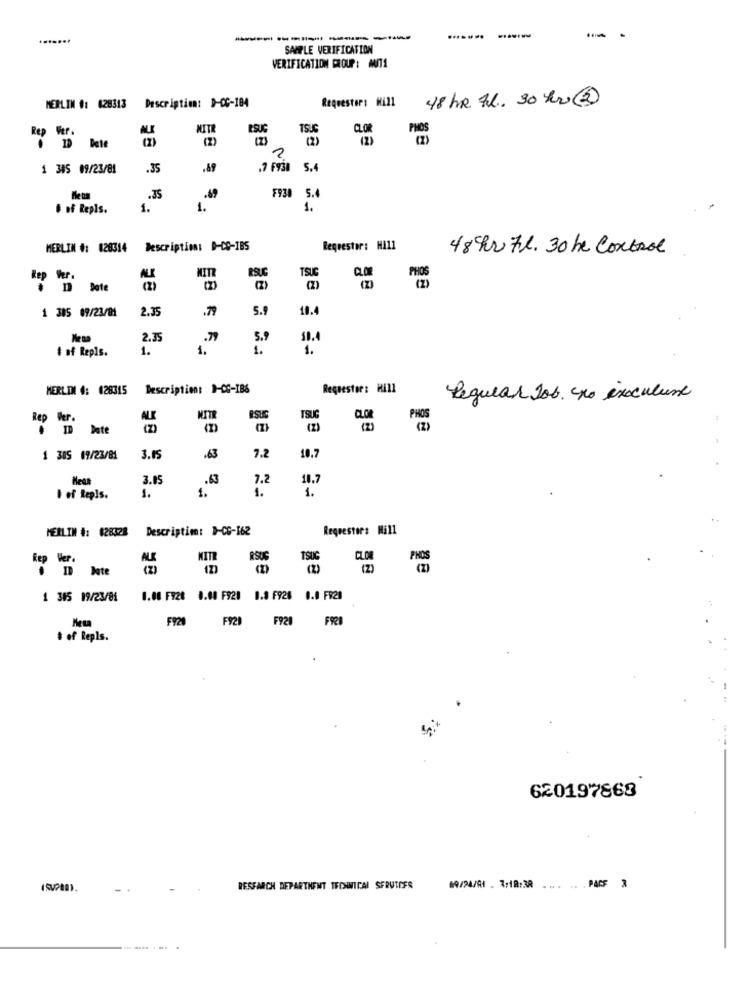
.......
-
SAMPLE VERIFICATION
VERIFICATION PLOUP: MIT1
Requestor: Hill
48 hr Al. 30 her @
MERLIN #: 628313
Description: 1-00-184
MITR
ESUG
(2)
2
1 385 09/23/81
.35
.89
.7 F938 5.4
.35
F938 5.4
. of Repls.
1.
1.
1.
MERLIN #: 020314
Description: D-CC-IBS
Requester: H111
48hr 7. 30 he Control
ESUC
MITZ
1 385 09/23/81
2.35
.79
5.9
10.4
Mesa
2.35
# of Repls.
1.
5.9
MERLIN #: 028315
Description: 1-0C-IBS
Requestor: Hill
Regular Job. po ixoculare
ALK
NITE
ESUG
TSUG
Rep Ver.
Date
-63
1 385 09/23/81
3.15
7.2
10.7
3.05
.63
7.2
18.7
1.
1.
1.
I of Repls.
1.
MERLIN #: 628328
Description: D-CG-162
Requesters Mill
MITR
RSUS
TSUC CLON
Rep Ver.
(2)
ID Date
1 385 09/23/81
0.00 F928 0.00 F921 1.8 F928 0.0 FR20
F920 F920 F920 FRI
# of Repls.
620197868
RESEARCH DEPARTHENT TFONNICAI SERUTDES
89/24/A1 . 3:18:38
.. .. . PACS 3